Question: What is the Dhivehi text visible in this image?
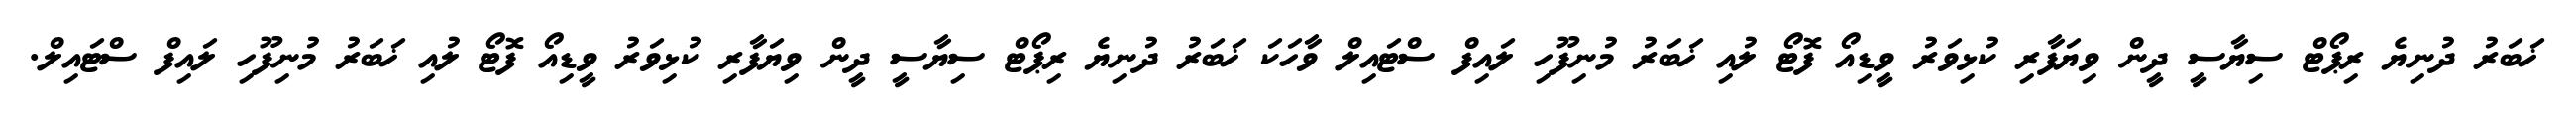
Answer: ޚަބަރު ދުނިޔެ ރިޕޯޓް ސިޔާސީ ދީން ވިޔަފާރި ކުޅިވަރު ވީޑިއޯ ފޮޓޯ ލުއި ޚަބަރު މުނިފޫހި ލައިފް ސްޓައިލް ވާހަކަ ޚަބަރު ދުނިޔެ ރިޕޯޓް ސިޔާސީ ދީން ވިޔަފާރި ކުޅިވަރު ވީޑިއޯ ފޮޓޯ ލުއި ޚަބަރު މުނިފޫހި ލައިފް ސްޓައިލް.